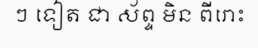
ៗ ទៀត ជា ស័ព្ទ មិន ពីរោះ